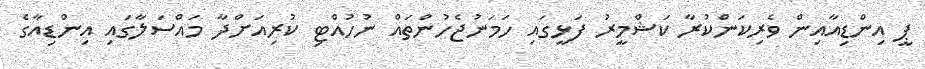
ޕީ އިންޑިއާއިން ވެރިކަންކުރާ ކަޝްމީރު ފަޅީގައި ހަމަނުޖެހުންތައް ނުހުއްޓި ކުރިއަށްދާ މައްސަލާގައި އިންޑިއާގެ